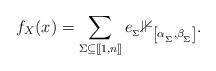
LaTeX: \begin{align*}f_X(x) = \sum_{\Sigma\subseteq [\![1,n]\!]}e_{_\Sigma}\mathbb{1}_{\left[\alpha_{_\Sigma},\beta_{_\Sigma}\right]} .\end{align*}